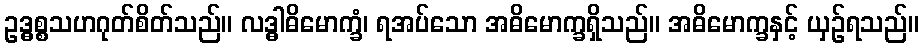
ဥဒ္ဓစ္စသဟဂုတ်စိတ်သည်။ လဒ္ဓါဓိမောက္ခံ၊ ရအပ်သော အဓိမောက္ခရှိသည်။ အဓိမောက္ခနှင့် ယှဉ်ရသည်။